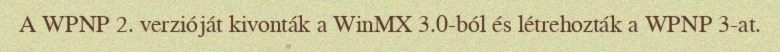
A WPNP 2. verzióját kivonták a WinMX 3.0-ból és létrehozták a WPNP 3-at.